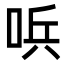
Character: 𠴇